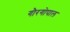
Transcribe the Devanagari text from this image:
गौरगोपाल